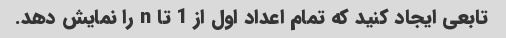
تابعی ایجاد کنید که تمام اعداد اول از 1 تا n را نمایش دهد.